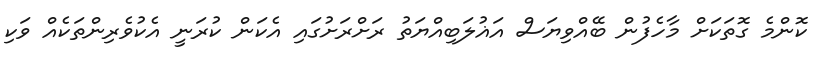
ކޮންމެ ގޮތަކަށް މާހެފުން ބޭއްވިޔަސް އަޣުލަބިއްޔަތު ރަށްރަށުގައި އެކަން ކުރަނީ އެކުވެރިންތަކެއް ވަކި